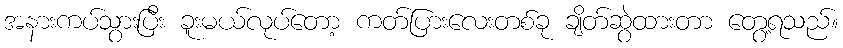
အနားကပ်သွားပြီး ခူးမယ်လုပ်တော့ ကတ်ပြားလေးတစ်ခု ချိတ်ဆွဲထားတာ တွေ့ရသည်။